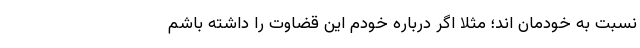
نسبت به خودمان اند؛ مثلاً اگر درباره خودم این قضاوت را داشته باشم